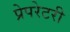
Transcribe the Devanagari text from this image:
प्रेपरेटरी